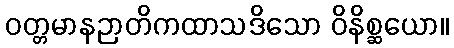
ဝတ္တမာနဉာတိကထာသဒိသော ဝိနိစ္ဆယော။